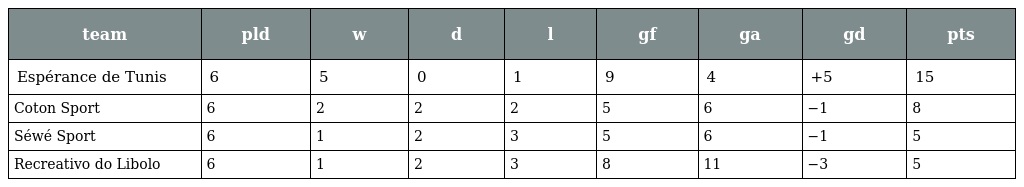
| team | pld | w | d | l | gf | ga | gd | pts |
 | --- | --- | --- | --- | --- | --- | --- | --- | --- |
 | Espérance de Tunis | 6 | 5 | 0 | 1 | 9 | 4 | +5 | 15 |
 | Coton Sport | 6 | 2 | 2 | 2 | 5 | 6 | −1 | 8 |
 | Séwé Sport | 6 | 1 | 2 | 3 | 5 | 6 | −1 | 5 |
 | Recreativo do Libolo | 6 | 1 | 2 | 3 | 8 | 11 | −3 | 5 |